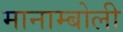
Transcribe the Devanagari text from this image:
मानाम्बोली